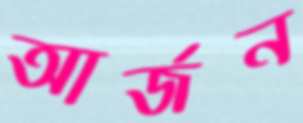
আর্জন